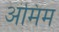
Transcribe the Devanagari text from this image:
अंमिम